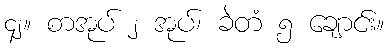
၄၂။ စာအုပ် ၂ အုပ်၊ ခဲတံ ၅ ချောင်း။